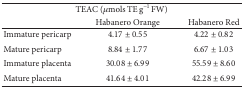
| <COLSPAN=3> TEAC (μmols TE g−1 FW) |
 |  | Habanero Orange | Habanero Red |
 | --- | --- | --- |
 | Immature pericarp | 4.17 ± 0.55 | 4.22 ± 0.82 |
 | Mature pericarp | 8.84 ± 1.77 | 6.67 ± 1.03 |
 | Immature placenta | 30.08 ± 6.99 | 55.59 ± 8.60 |
 | Mature placenta | 41.64 ± 4.01 | 42.28 ± 6.99 |